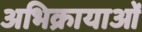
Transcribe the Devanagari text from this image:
अभिक्रायाओं